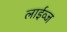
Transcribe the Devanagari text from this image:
लाईव्ज